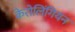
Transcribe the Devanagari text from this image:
केरोलिंगियन